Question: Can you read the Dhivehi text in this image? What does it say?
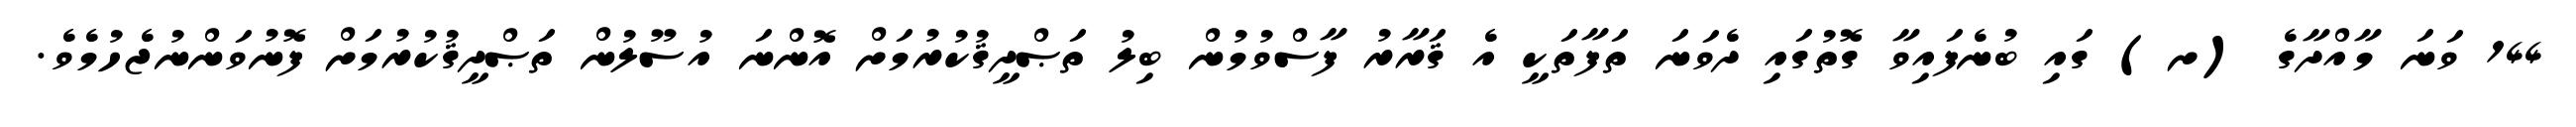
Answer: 144 ވަނަ މާއްދާގެ (ށ) ގައި ބުނެފައިވާ ގޮތުގައި ދެވަނަ ތަފާތަކީ އެ ޤަރާރު ފާސްވުމުން ބިލު ތަޞްދީޤުކުރުމަށް އޮންނަ އުސޫލުން ތަޞްދީޤުކުރުމަށް ފޮނުވަންނުޖެހުމެވެ.